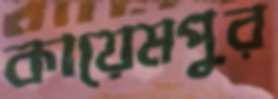
কায়েমপুর